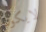
لايكون